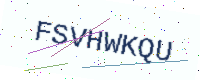
Text: FSVHWKQU